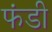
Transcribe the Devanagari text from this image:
फंडी